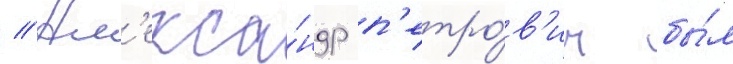
// Ал'екса́ндр п'етро́в'ич бы́л